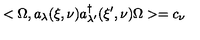
< \Omega , a _ { \lambda } ( \xi , \nu ) a _ { \lambda ^ { \prime } } ^ { \dag } ( \xi ^ { \prime } , \nu ) \Omega > = c _ { \nu }